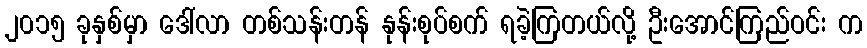
၂၀၁၅ ခုနှစ်မှာ ဒေါ်လာ တစ်သန်းတန် နုန်းစုပ်စက် ရခဲ့ကြတယ်လို့ ဦးအောင်ကြည်ဝင်း က